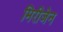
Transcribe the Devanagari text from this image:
मिरीजेन